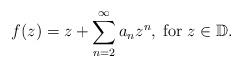
LaTeX: \begin{align*}f(z)=z+ \sum_{n=2}^{\infty}a_nz^n,\; \mbox{for}\; z\in\mathbb{D}.\end{align*}